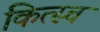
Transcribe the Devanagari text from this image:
कित्स्च